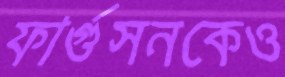
ফার্গুসনকেও